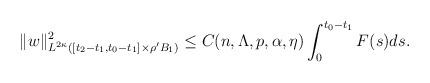
LaTeX: \begin{align*}\|w\|^{2}_{L^{2\kappa}([t_{2}-t_{1},t_{0}-t_{1}]\times \rho'B_{1})}\leq C(n,\Lambda,p,\alpha,\eta) \int_{0}^{t_{0}-t_{1}}F(s)ds.\end{align*}